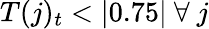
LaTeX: T(j)_{t}<|0.75|\ \forall\ j